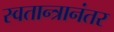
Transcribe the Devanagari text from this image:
स्वतान्त्रानंतर